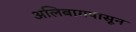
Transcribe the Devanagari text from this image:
अलिबागपासून